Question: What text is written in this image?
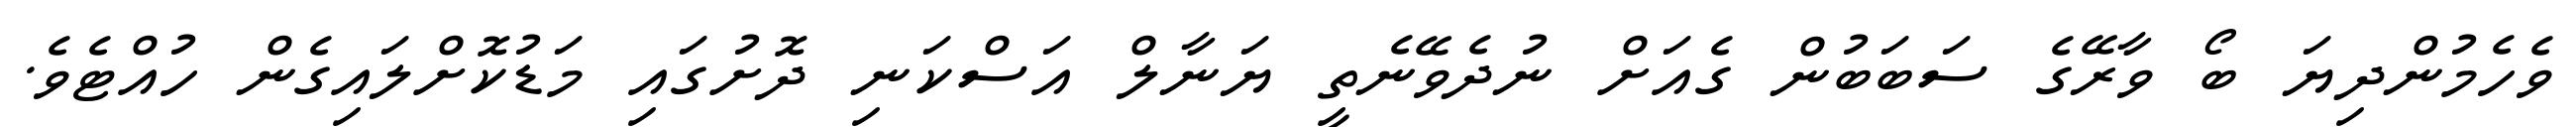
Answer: ވެހެމުންދިޔަ ބޯ ވާރޭގެ ސަބަބުން ގެއަށް ނުދެވޭނެތީ ޔަނާލް އަސްކަނި ދޮށުގައި މަޑުކޮށްލައިގެން ހުއްޓެވެ.